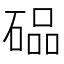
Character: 𮀭